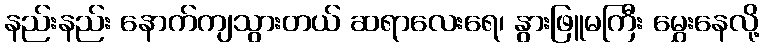
နည်းနည်း နောက်ကျသွားတယ် ဆရာလေးရေ၊ နွားဖြူမကြီး မွှေးနေလို့